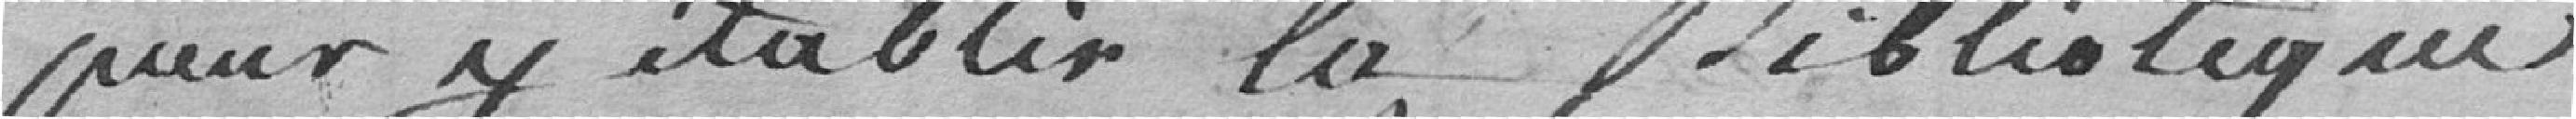
pour y établir la bibliothèque